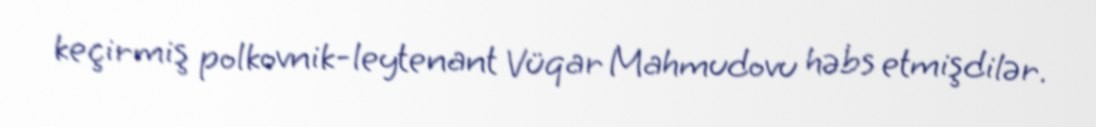
keçirmiş polkovnik-leytenant Vüqar Mahmudovu həbs etmişdilər.